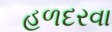
હળદરવા